Document type: bank_statement
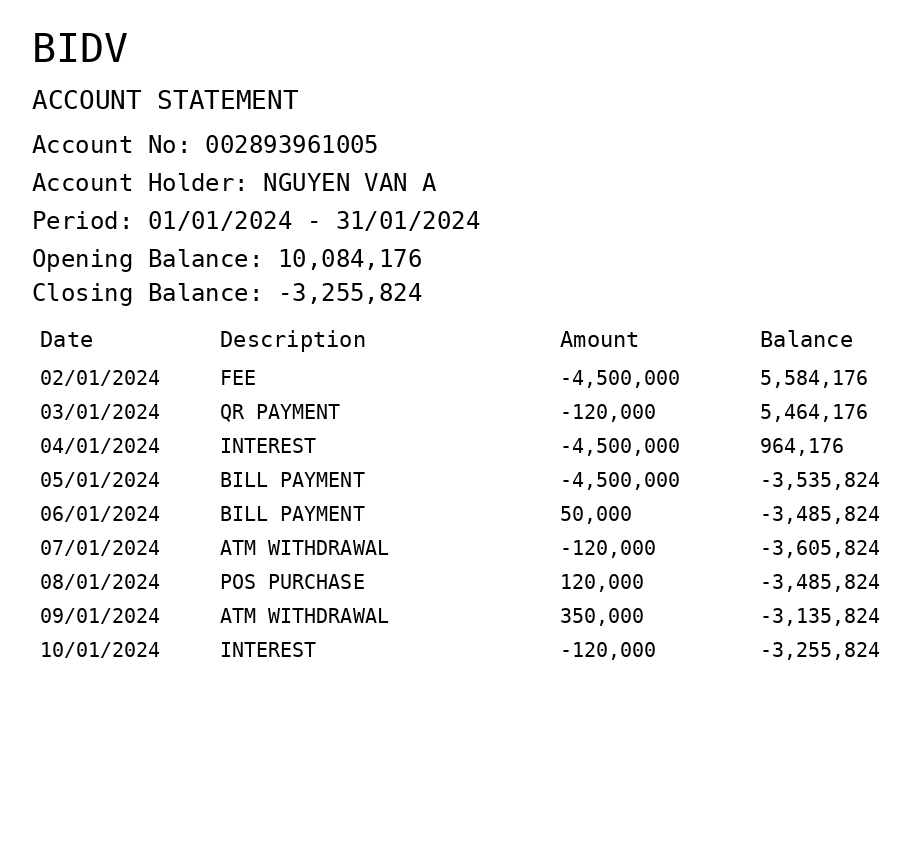
OCR transcript:
BIDV
ACCOUNT STATEMENT
Account No: 002893961005
Account Holder: NGUYEN VAN A
Period: 01/01/2024 - 31/01/2024
Opening Balance: 10,084,176
Closing Balance: -3,255,824
Date
Description
Amount
Balance
02/01/2024
FEE
-4,500,000
5,584,176
03/01/2024
QR PAYMENT
-120,000
5,464,176
04/01/2024
INTEREST
-4,500,000
964,176
05/01/2024
BILL PAYMENT
-4,500,000
-3,535,824
06/01/2024
BILL PAYMENT
50,000
-3,485,824
07/01/2024
ATM WITHDRAWAL
-120,000
-3,605,824
08/01/2024
POS PURCHASE
120,000
-3,485,824
09/01/2024
ATM WITHDRAWAL
350,000
-3,135,824
10/01/2024
INTEREST
-120,000
-3,255,824
Extracted fields:
bank_name: bidv
account_number: 002893961005
account_holder: nguyen van a
statement_period: 01/01/2024 - 31/01/2024
opening_balance: 10084176
closing_balance: -3255824
transactions: date: 2024-01-02
description: fee
amount: -4500000
balance: 5584176
date: 2024-01-03
description: qr payment
amount: -120000
balance: 5464176
date: 2024-01-04
description: interest
amount: -4500000
balance: 964176
date: 2024-01-05
description: bill payment
amount: -4500000
balance: -3535824
date: 2024-01-06
description: bill payment
amount: 50000
balance: -3485824
date: 2024-01-07
description: atm withdrawal
amount: -120000
balance: -3605824
date: 2024-01-08
description: pos purchase
amount: 120000
balance: -3485824
date: 2024-01-09
description: atm withdrawal
amount: 350000
balance: -3135824
date: 2024-01-10
description: interest
amount: -120000
balance: -3255824